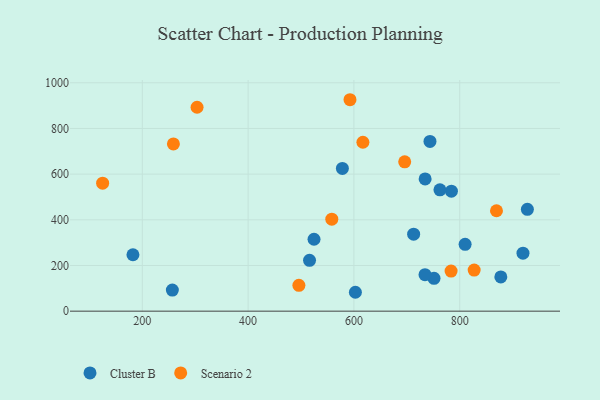
{"axis": {"x": "Price", "y": "Fuel Efficiency"}, "legend": ["Cluster B", "Scenario 2"], "data": [{"x": "927.9", "y": 445.9, "type": "Cluster B"}, {"x": "919.6", "y": 253.9, "type": "Cluster B"}, {"x": "784.3", "y": 525.2, "type": "Cluster B"}, {"x": "877.7", "y": 150.1, "type": "Cluster B"}, {"x": "524.6", "y": 314.9, "type": "Cluster B"}, {"x": "751.4", "y": 144.0, "type": "Cluster B"}, {"x": "712.9", "y": 337.3, "type": "Cluster B"}, {"x": "743.8", "y": 743.4, "type": "Cluster B"}, {"x": "516.1", "y": 222.5, "type": "Cluster B"}, {"x": "734.6", "y": 579.1, "type": "Cluster B"}, {"x": "762.6", "y": 531.4, "type": "Cluster B"}, {"x": "182.3", "y": 247.0, "type": "Cluster B"}, {"x": "734.4", "y": 159.6, "type": "Cluster B"}, {"x": "810.2", "y": 292.5, "type": "Cluster B"}, {"x": "578.2", "y": 625.1, "type": "Cluster B"}, {"x": "602.8", "y": 82.7, "type": "Cluster B"}, {"x": "256.8", "y": 92.5, "type": "Cluster B"}, {"x": "258.8", "y": 732.2, "type": "Scenario 2"}, {"x": "303.5", "y": 892.9, "type": "Scenario 2"}, {"x": "827.3", "y": 180.0, "type": "Scenario 2"}, {"x": "617.0", "y": 739.5, "type": "Scenario 2"}, {"x": "125.0", "y": 560.6, "type": "Scenario 2"}, {"x": "496.0", "y": 113.1, "type": "Scenario 2"}, {"x": "558.2", "y": 402.8, "type": "Scenario 2"}, {"x": "592.6", "y": 925.8, "type": "Scenario 2"}, {"x": "869.5", "y": 439.7, "type": "Scenario 2"}, {"x": "696.0", "y": 653.8, "type": "Scenario 2"}, {"x": "783.7", "y": 175.5, "type": "Scenario 2"}]}